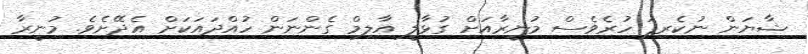
ޝާޔަން ނުކެރިފަ ހުރެވެސް މުނީރާއަށް ގުޅާލީ އާލިމް ގެންނަން ހުއްދައަކަށް އެދޭށެވެ. މުނީރާ